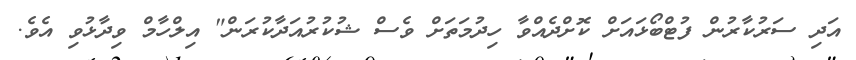
އަދި ސަރުކާރުން ފުޓްބޯޅައަށް ކޮށްދެއްވާ ހިދުމަތަށް ވެސް ޝުކުރުއަދާކުރަން" އިލްހާމް ވިދާޅުވި އެވެ.